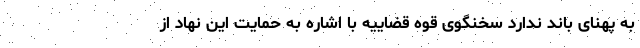
به پهنای باند ندارد سخنگوی قوه قضاییه با اشاره به حمایت این نهاد از